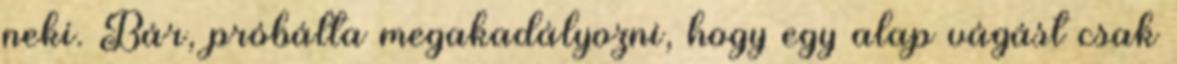
neki. Bár, próbálta megakadályozni, hogy egy alap vágást csak